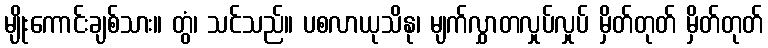
မျိုးကောင်းချစ်သား။ တွံ၊ သင်သည်။ ပစလာယုသိနု၊ မျက်လွှာတလှုပ်လှုပ် မှိတ်တုတ် မှိတ်တုတ်